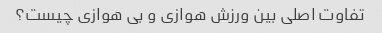
تفاوت اصلی بین ورزش هوازی و بی هوازی چیست؟